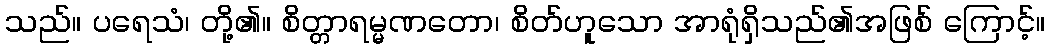
သည်။ ပရေသံ၊ တို့၏။ စိတ္တာရမ္မဏတော၊ စိတ်ဟူသော အာရုံရှိသည်၏အဖြစ် ကြောင့်။